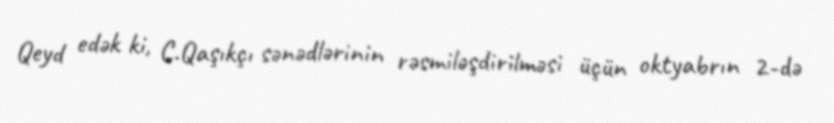
Qeyd edək ki, C.Qaşıkçı sənədlərinin rəsmiləşdirilməsi üçün oktyabrın 2-də